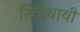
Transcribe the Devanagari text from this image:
खिंचवायी